Punjab Mental Hospital Lahore 1932-46 - 1932-1946
Year: 1932
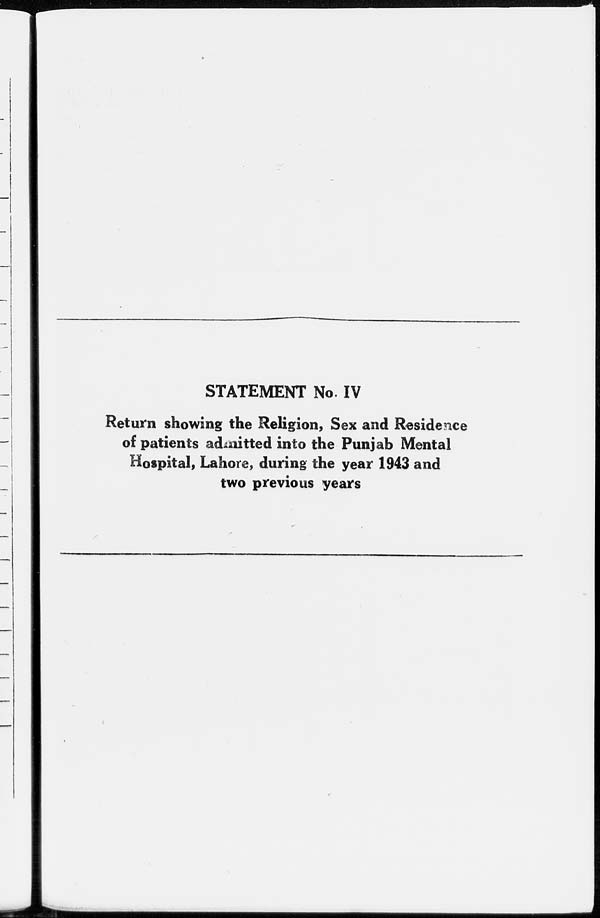
STATEMENT No. IV
Return showing the Religion, Sex and Residence
of patients admitted into the Punjab Mental
Hospital, Lahore, during the year 1943 and
two previous years